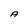
Character: A